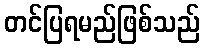
တင်ပြရမည်ဖြစ်သည်